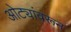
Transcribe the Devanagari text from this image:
ओट्यांवरून